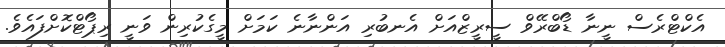
އެކްޓްރެސް ނީނާ ޑޯބްރޭވް ސީރީޒްއަށް އެނބުރި އަންނާނެ ކަމަށް މީގެކުރިން ވަނީ ރިޕޯޓްކޮށްފައެވެ.